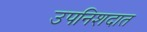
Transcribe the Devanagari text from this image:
उपनिशदात